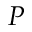
P